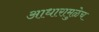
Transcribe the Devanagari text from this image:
आधारामुळेच